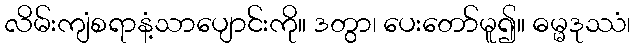
လိမ်းကျံစရာနံ့သာပျောင်းကို။ ဒတွာ၊ ပေးတော်မူ၍။ ဓမ္မဒုဿံ၊